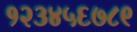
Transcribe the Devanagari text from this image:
१२३४५६७८९